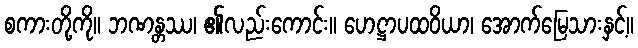
စကားတို့ကို။ ဘဏန္တဿ၊ ၏လည်းကောင်း။ ဟေဋ္ဌာပထဝိယာ၊ အောက်မြေသားနှင့်။